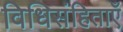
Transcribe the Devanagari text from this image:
विधिसंहिताएँ